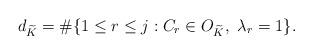
LaTeX: \begin{align*}d_{\widetilde K} = \# \{1 \leq r \leq j : C_r \in O_{\widetilde K}, \ \lambda_r = 1 \}.\end{align*}